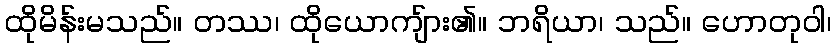
ထိုမိန်းမသည်။ တဿ၊ ထိုယောကျ်ား၏။ ဘရိယာ၊ သည်။ ဟောတုဝါ၊